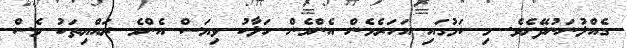
ގެއްލުނަނުދޭށެވެ. މި ކަމުގައި އަހަރެމެން އެންމެން ހަލާކު ވިޔަސް އެންމެ ރައްޔިތަކު ވެސް